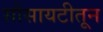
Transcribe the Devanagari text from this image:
सोसायटीतून